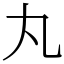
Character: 丸